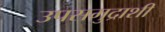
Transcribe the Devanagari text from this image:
उपसमुद्राशी